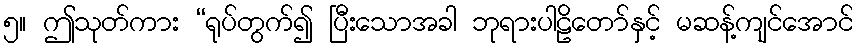
၅။ ဤသုတ်ကား “ရုပ်တွက်၍ ပြီးသောအခါ ဘုရားပါဠိတော်နှင့် မဆန့်ကျင်အောင်